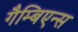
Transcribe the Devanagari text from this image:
गैम्बिएन्स